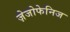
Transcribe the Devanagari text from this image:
ज़ेजोफेनिज